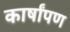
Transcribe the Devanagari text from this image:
कार्षांपण